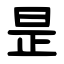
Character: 昰